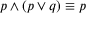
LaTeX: p \wedge ( p \vee q ) \equiv p